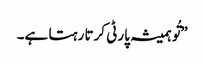
”تُو ہمیشہ پارٹی کرتا رہتا ہے۔